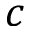
c